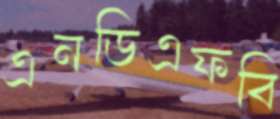
এনডিএফবি